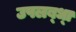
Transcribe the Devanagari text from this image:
उपलब्‍ध्‍ा